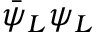
{ \bar { \psi } } _ { L } \psi _ { L }